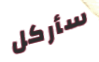
سأركل